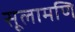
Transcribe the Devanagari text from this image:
सूलामणि